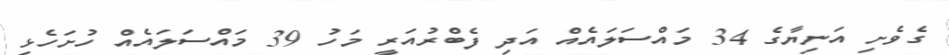
ގެވެށި އަނިޔާގެ 34 މައްސަލައެއް އަދި ފެބްރުއަރީ މަހު 39 މައްސަލައެއް ހުށަހެޅި